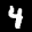
Label: 4